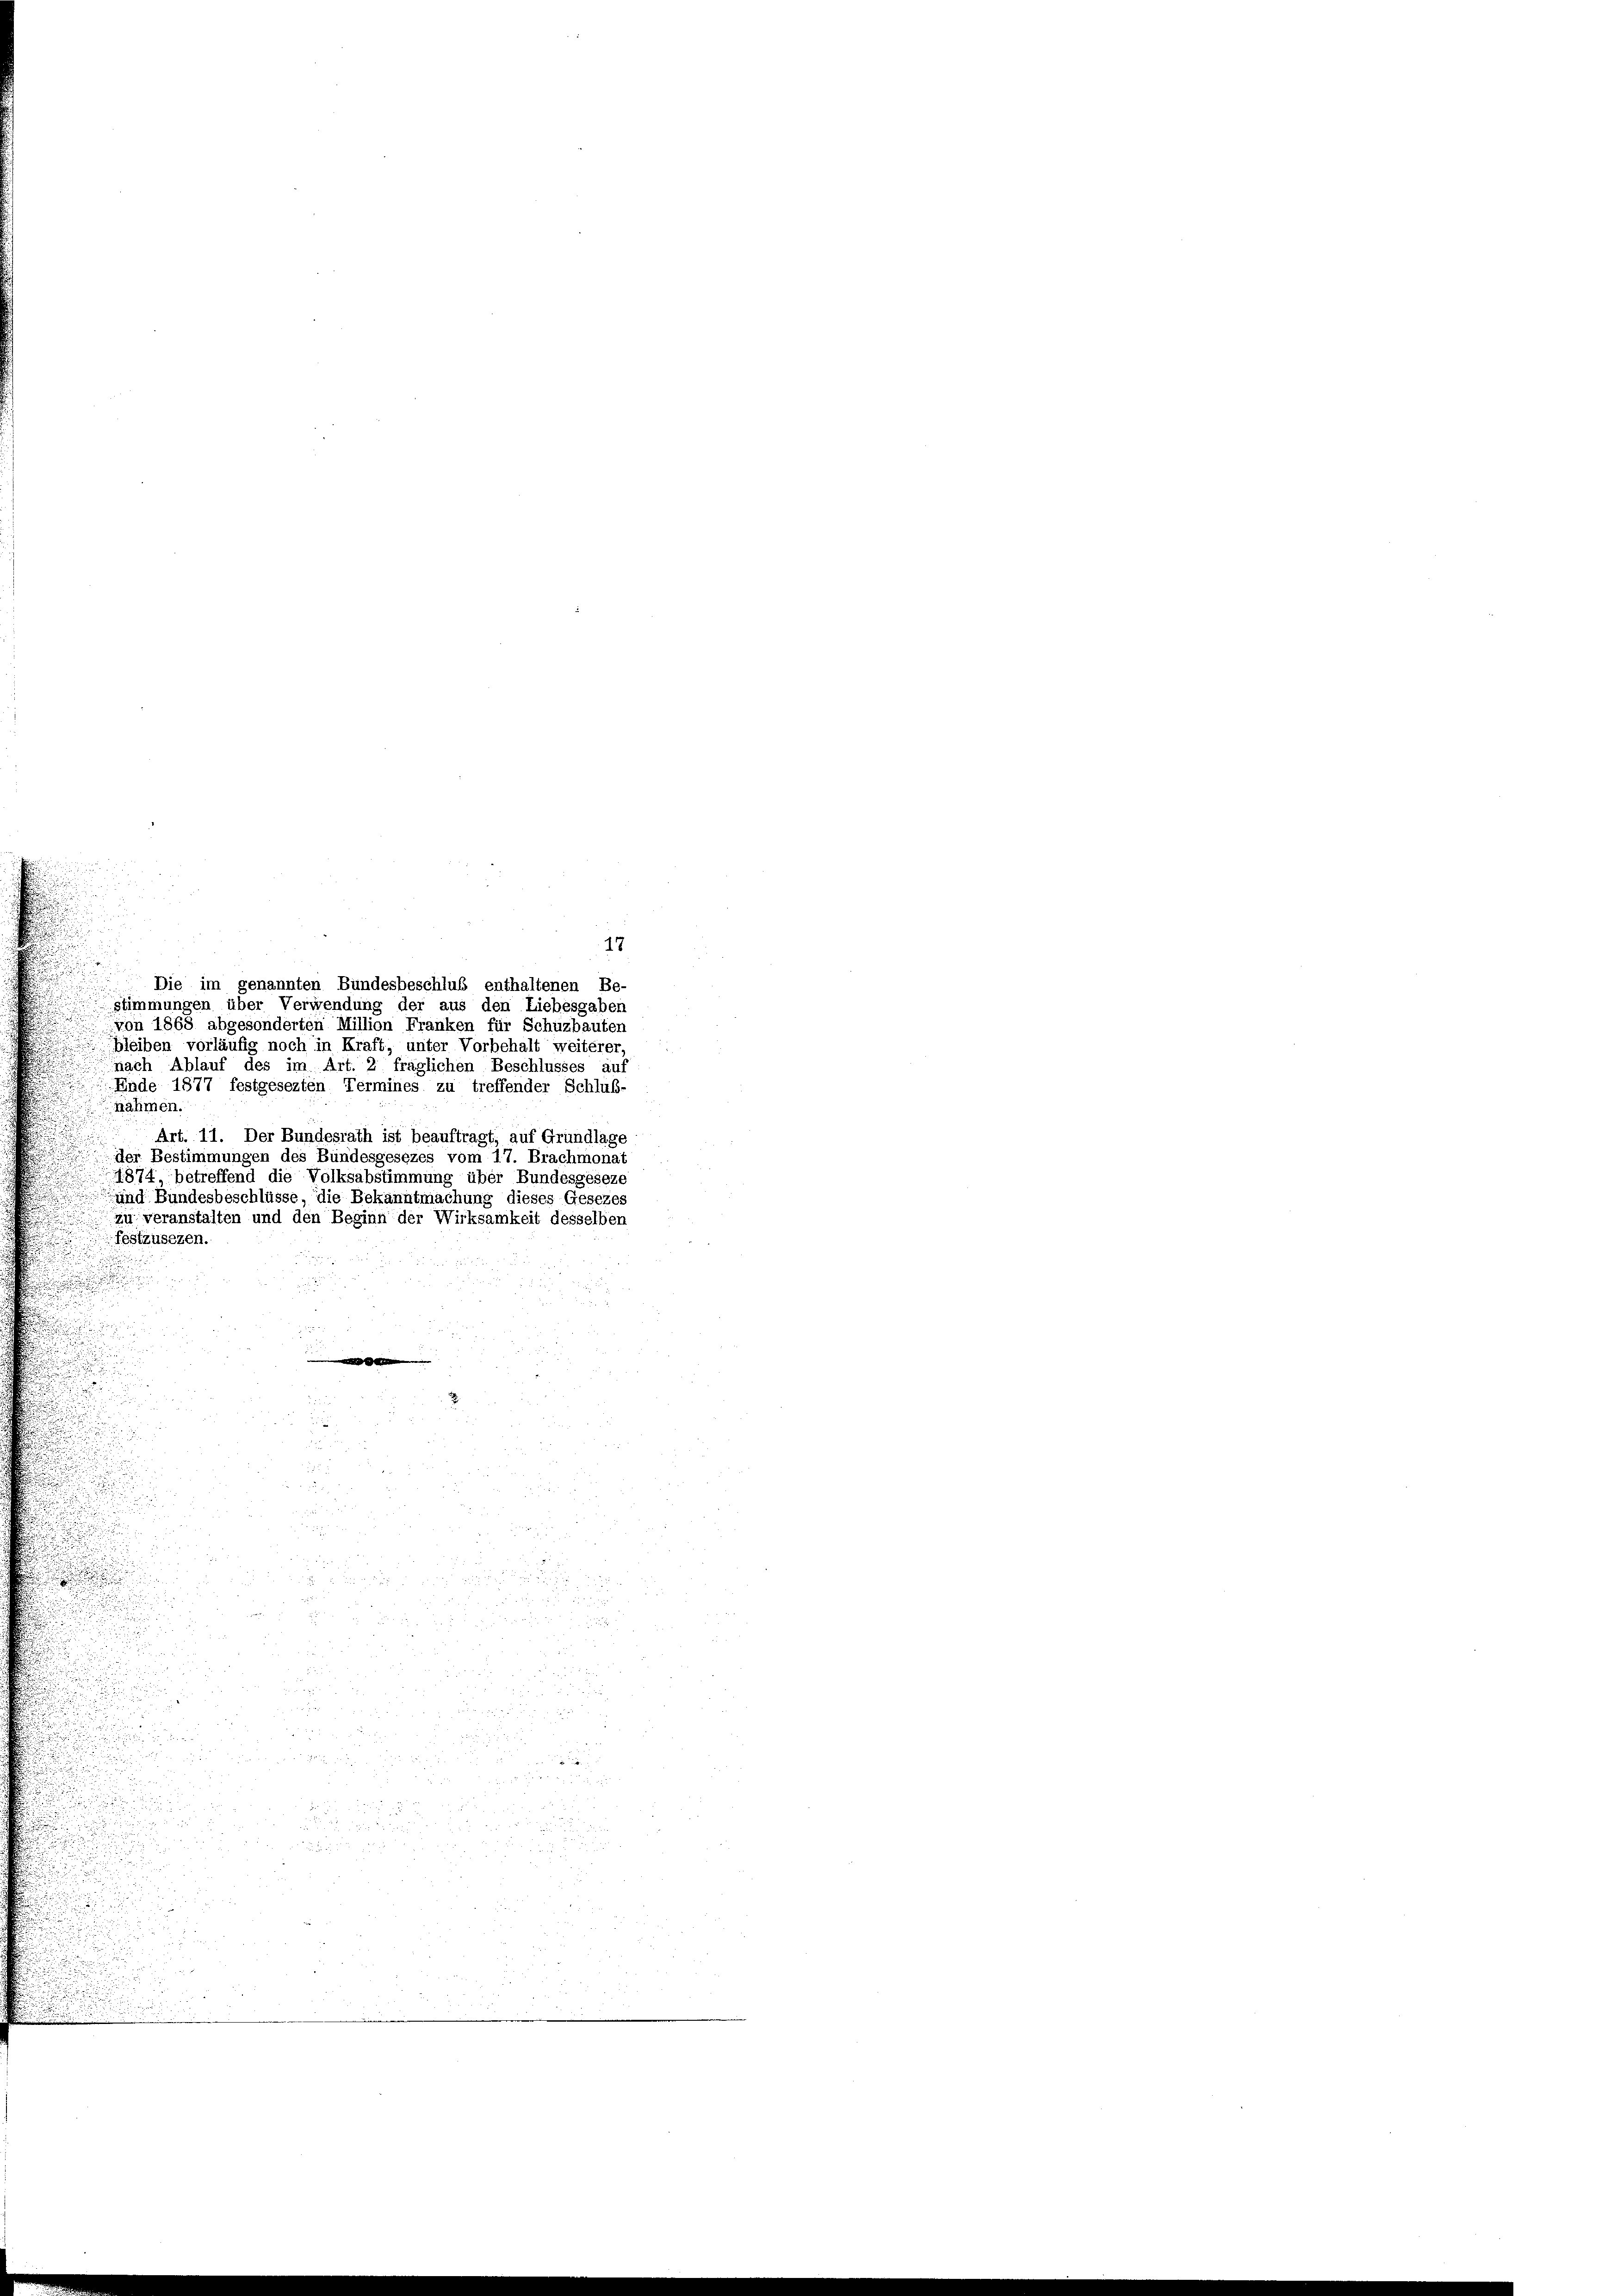
17
von 1868 abgesonderten Million Franken für Schüzbauten
bleiben vorläufig noch in Kraft, unter Vorbehalt weiterer,
nach Ablauf des im Art. 2 fraglichen Beschlusses auf
Ende 1877 festgesezten Termines zu treffender Schluß-
nahmen.
Art. 11. Der Bundesrath ist beauftragt, auf Grundlage
der Bestimmungen des Bundesgesezes vom 17. Brachmonat
1874, betreffend die Volksabstimmung über Bundesgeseze
 und Bundesbeschlüsse, die Bekanntmachung dieses Gesezes
zu veranstalten und den Beginn der Wirksamkeit desselben
festzusezen.
.
.

.

Die im genannten Bundesbeschluß enthaltenen Be-
n
stimmungen über Verwendung der aus den Liebesgaben